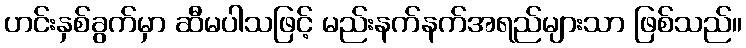
ဟင်းနှစ်ခွက်မှာ ဆီမပါသဖြင့် မည်းနက်နက်အရည်များသာ ဖြစ်သည်။